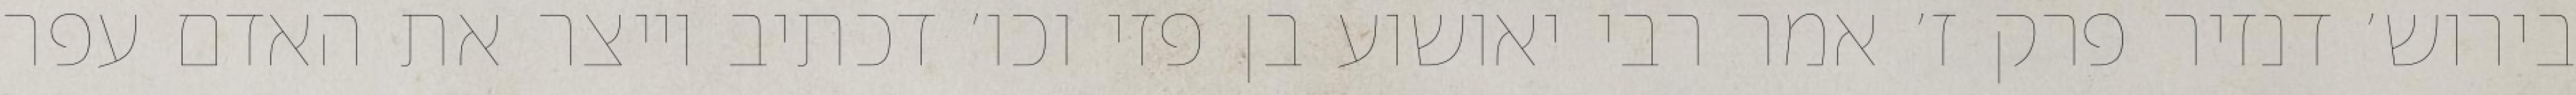
בירוש׳ דנזיר פרק ז׳ אמר רבי יאושוע בן פזי וכו׳ דכתיב וייצר את האדם עפר